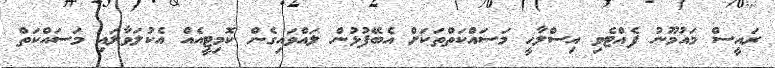
ރައީސް މައުމޫނު ފެއްޓެވި އިސްލާހީ މަސައްކަތްތަކަށް އެބޭފުޅުން ލައްވައިގެން ކޮމިޓީއެއް އެކުލަވާލައި މަސައްކަތް